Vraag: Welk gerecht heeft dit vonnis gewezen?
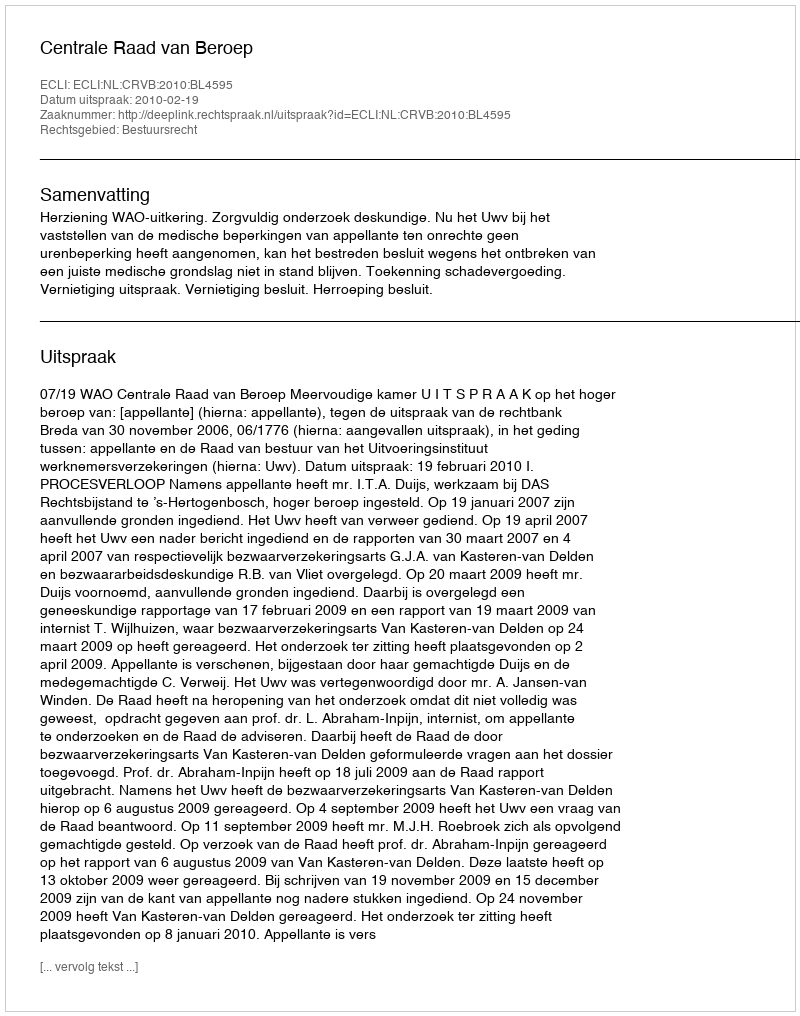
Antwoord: Centrale Raad van Beroep